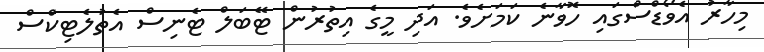
މިހާރު އެވޯޑްސްގައި ހޮވާނެ ކަމަށެވެ. އަދި މީގެ އިތުރުން ޓޭބަލް ޓެނިސް އެތުލެޓިކްސް